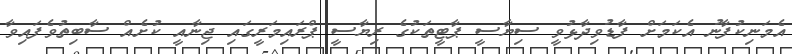
އެމަނިކުފާނު އެކަމަށް ފާޑުވިދާޅުވީ ސިޔާސީ ޕާޓީތަކުގެ ރިޔާސީ ޕްރައިމަރީގައި ޖިނާއީ ކުށެއް ސާބިތުވެފައިވާ